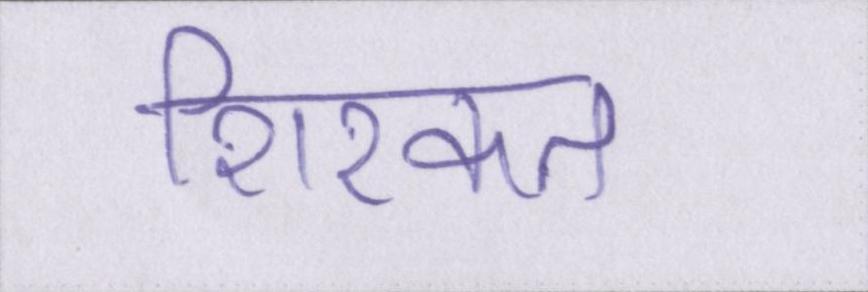
शिरकत